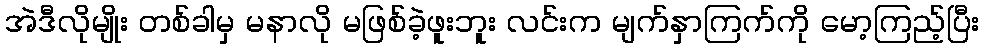
အဲဒီလိုမျိုး တစ်ခါမှ မနာလို မဖြစ်ခဲ့ဖူးဘူး လင်းက မျက်နှာကြက်ကို မော့ကြည့်ပြီး